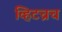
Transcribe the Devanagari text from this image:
व्हिटच्रच